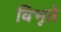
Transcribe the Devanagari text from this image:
विभूते